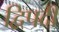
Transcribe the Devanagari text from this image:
द्विपदीं